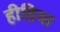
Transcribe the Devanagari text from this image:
हीडिया